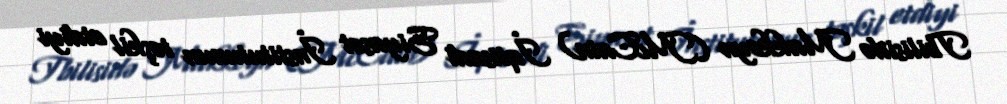
Tbilisidə Makkeyn (McCain) İqtisadi Siyasət İnstitutunun təşkil etdiyi